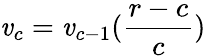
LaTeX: \mathit{v}_{c}=\mathit{v}_{c-1}(\frac{{r-c}}{{c}})